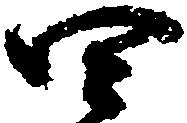
四